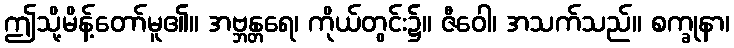
ဤသို့မိန့်တော်မူ၏။ အဗ္ဘန္တရေ၊ ကိုယ်တွင်း၌။ ဇီဝေါ၊ အသက်သည်။ စက္ခုနာ၊